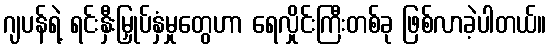
ဂျပန်ရဲ့ ရင်းနှီးမြှုပ်နှံမှုတွေဟာ ရေလှိုင်းကြီးတစ်ခု ဖြစ်လာခဲ့ပါတယ်။